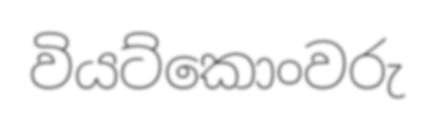
වියට්කොංවරු